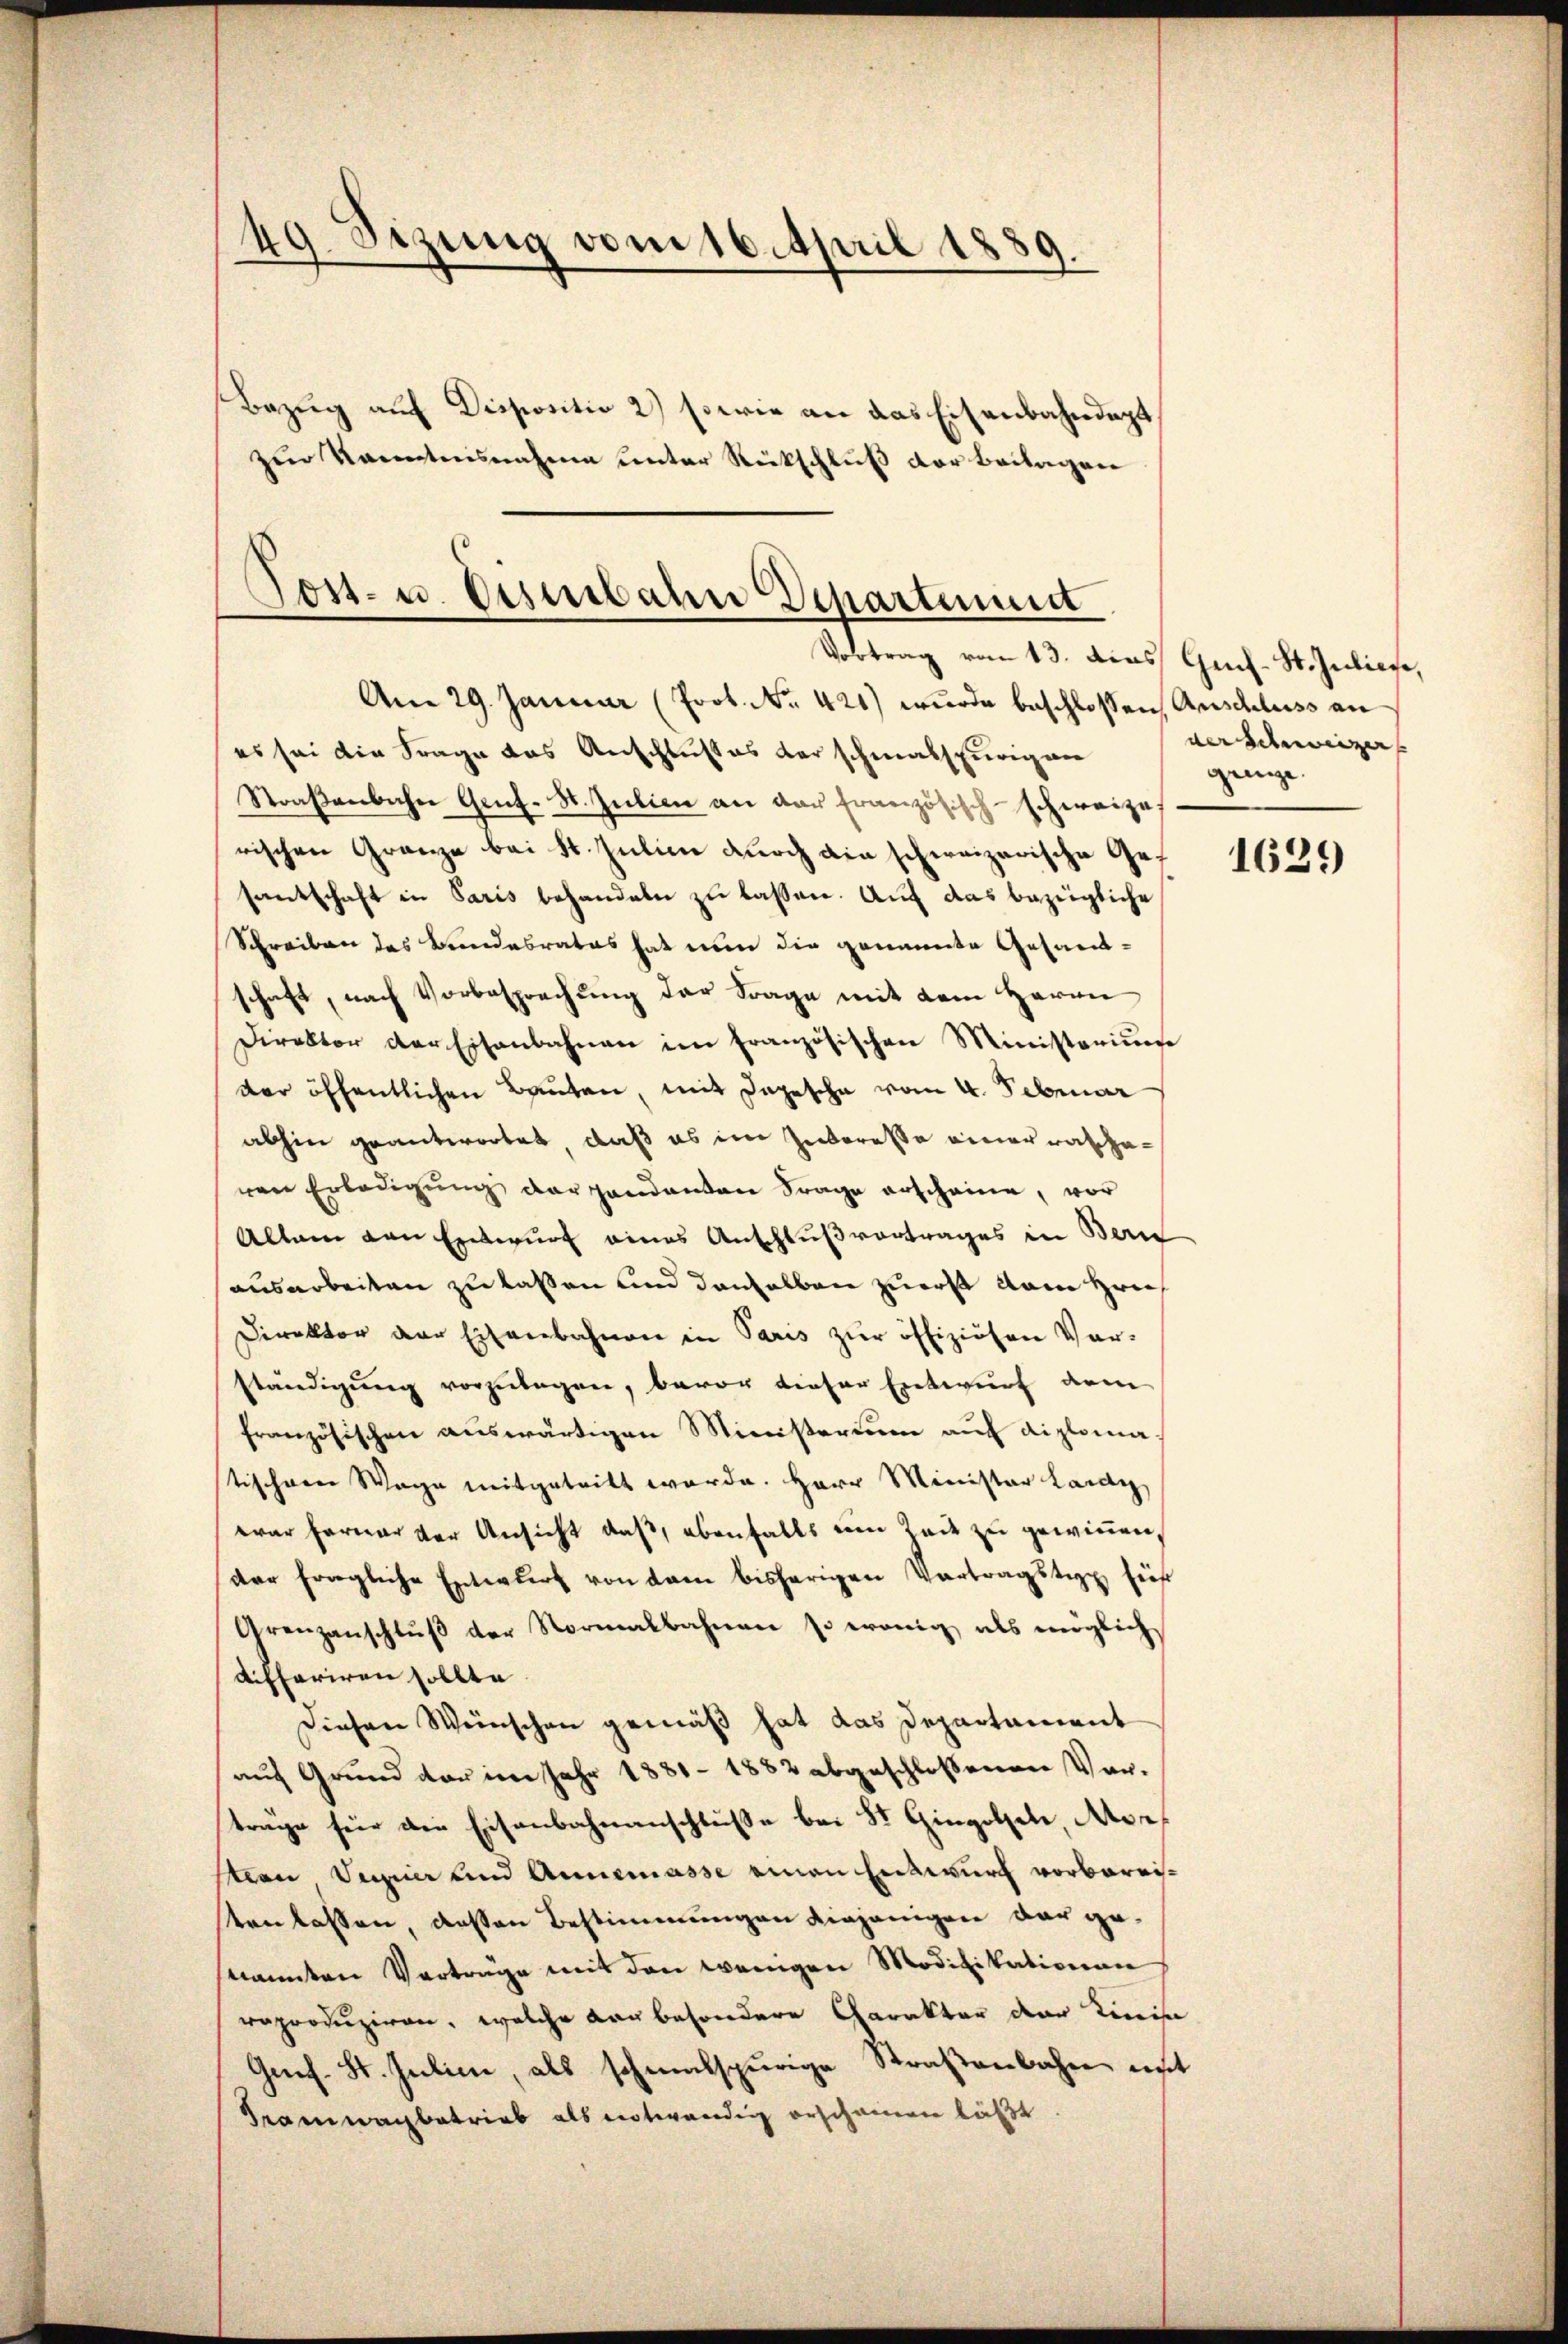
49. Sitzung vom 16. April 1889
e
Bezug auf Dispositio 2) sowie an das Eisenbahndapt
zur Kanntensnahme unter Rückschluß der Beilagen

Post- u. Deserbahn Departement
Vortrag vom 13. dies Gech-St. Juliefe,

Am 29. Januar (Prot. No. 421) wurde beschlossen, Anschluss an
es sei die Frage das Anschlußes der schmalspurigen verschweizerf
Straβenbache Genf-St. Julien an der französisch-schweize
rischen Granze bei St. Julii durch ain schweizerische Gesantschaft in Paris behandeln zu lassen. Auf das bezeigliche
Schreiben des Bundesrates hat nun die genannte Gesandtschaft, nach Vorbesprechung der Frage mit dem Herrn
Direktor der Eisenbahnen im französischen Ministerium
der öffentlichen Bauten, mit Depesche vom 4. Februar
abhin geantwortet, daß es im Intereße einer raschenen Erledigŭng der gandanten Frage erscheine, vor
Allein von Entwurf eines Anschlußvertrages in Bern
ausarbeiten zu lassen und denselben zuerst dem Hei
Direktor der Eisenbahnen in Paris zŭr offiziösen Ver-
ständigung vorzulegen, bevor dieser Entwurf dem
französischen auswärtigen Ministerium auf diploma
tischeren Wege mitgeteilt werde. Herr Minister Landig
war ferner der Ansicht daß, ebenfalls ein Zeit zu gewinnen,
der fragliche Entwurf von dem bisherigen Vertragstig für
Grenzanschluß der Normalbahnen so wenig als möglich
differiren sollte
Diesen Wünschen gemäß hat das Departament
auf Grund der im Jahr 1881 - 1882 abgeschlossenen Vorträge für die Eisenbahnanschluße bei St Gingolsel, Mor
tion, Segner und Annemasse einen Entwurf vorbereitanlassen, dessen Bestimmungen diejenigen dar genannten Verträge mit den wenigen Modifikationen
reproduziren, welche dan besondere Charakter der Linis
Gref. St. Julien, als schmalspurige Straßenbahn mit
Tramwagbetrieb als notwendig erscheinen läßt

genge.

1629